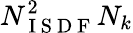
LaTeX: N_{\mathrm{~I~S~D~F~}}^{2}N_{k}